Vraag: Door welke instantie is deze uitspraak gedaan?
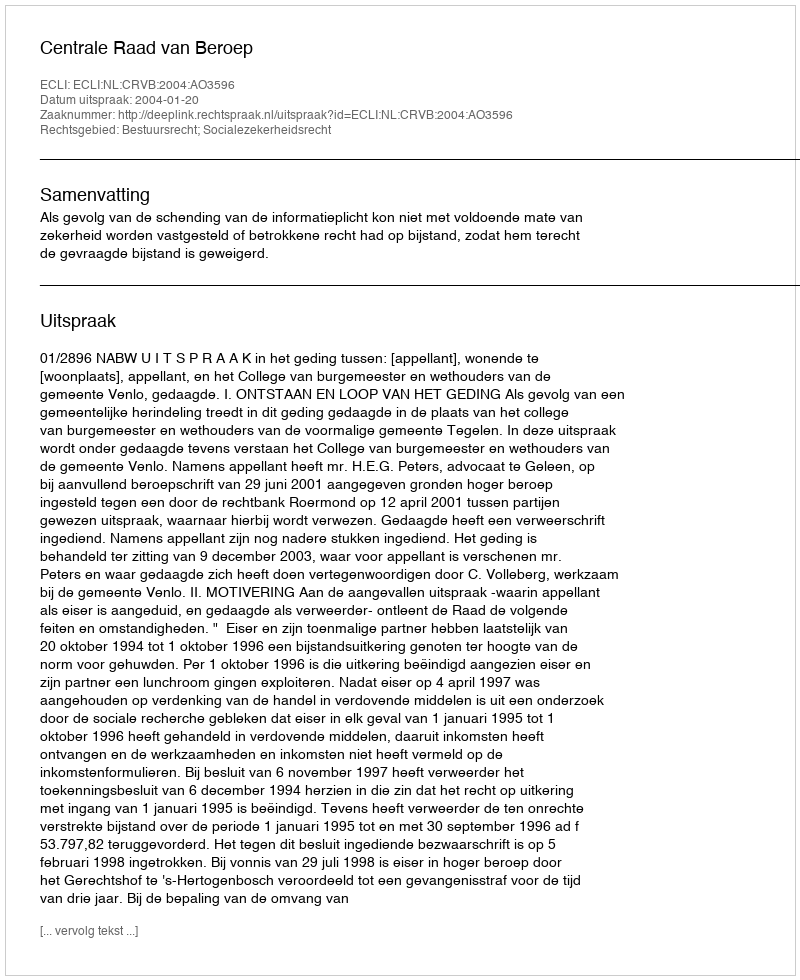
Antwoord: Centrale Raad van Beroep